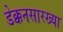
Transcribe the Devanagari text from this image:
डेक्कनसारख्या